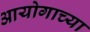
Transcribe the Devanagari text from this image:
आयोगाच्‍या